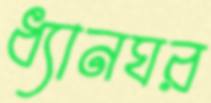
ধ্যানঘর